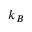
k _ { B }